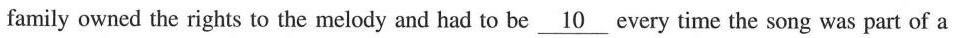
family owned the rights to the melody and had to be \underline{10} every time the song was part of a